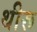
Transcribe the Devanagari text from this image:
थीरू